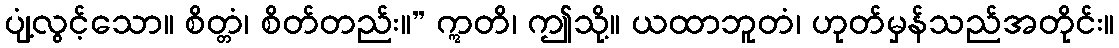
ပျံ့လွင့်သော။ စိတ္တံ၊ စိတ်တည်း။” ဣတိ၊ ဤသို့။ ယထာဘူတံ၊ ဟုတ်မှန်သည်အတိုင်း။